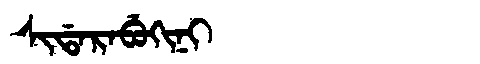
Manchu: ᠰᡳᡩᠠᡵᠠᠪᡠᡴᡳᠨᡳ
Romanization: SIDARABUKINI